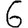
Digit: 6